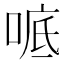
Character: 𫪭